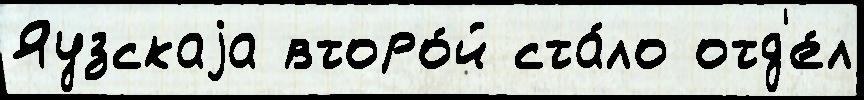
Яузскаjа второ́й ста́ло отд'е́л